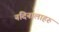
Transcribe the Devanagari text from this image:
नदिनालाहरु